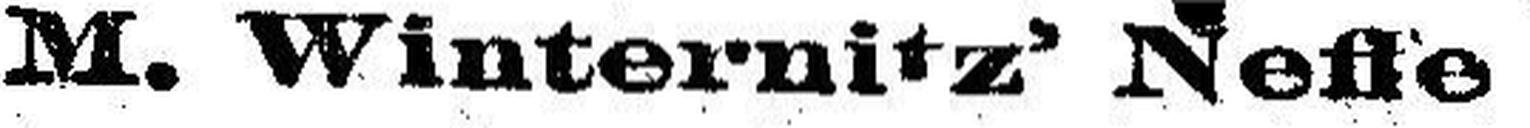
M. Winternitz' Neffe